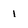
Character: 1